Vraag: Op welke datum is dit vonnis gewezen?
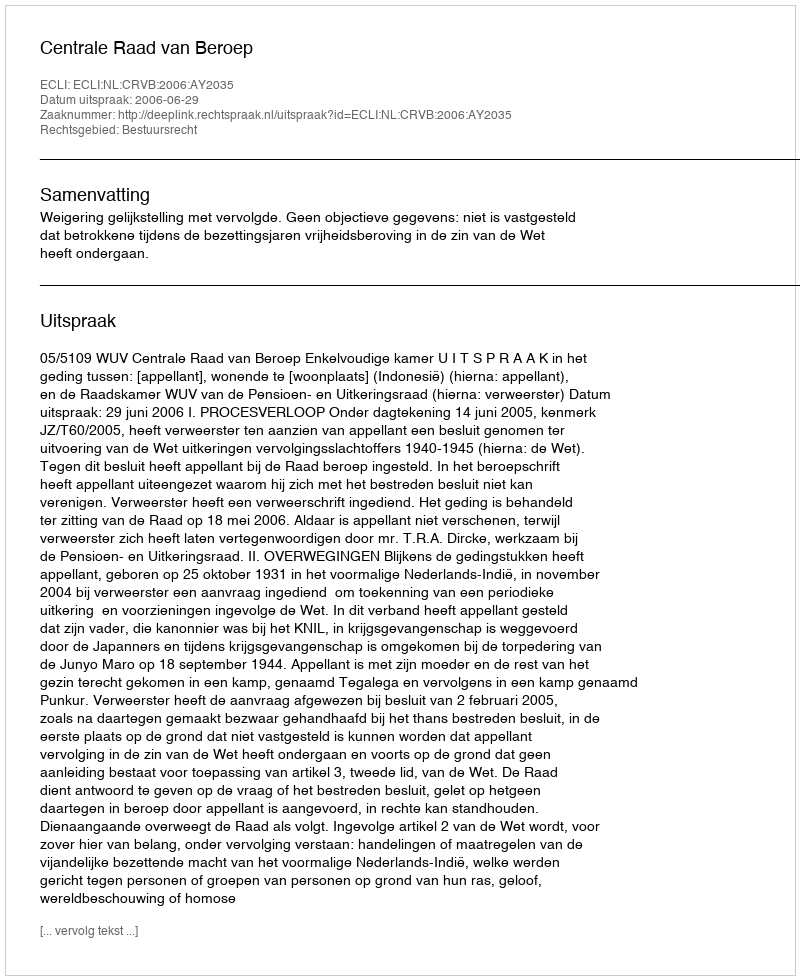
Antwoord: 2006-06-29